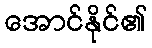
အောင်နိုင်၏